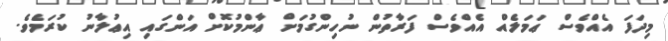
މިދަފަ އެއްވެސް ޢަމަލެއް އެއްވެސް ފަރާތުން ނުހިންގުމަށް ޢާންމުކޮށް އަންގައި އިޢުލާނު ކުރަމެވެ.